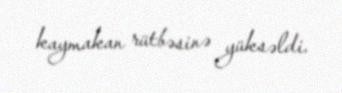
kaymakan rütbəsinə yüksəldi.